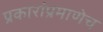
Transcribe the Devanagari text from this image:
प्रकारांप्रमाणेच